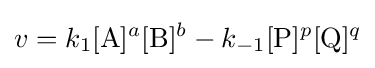
v=k_{1}[{\ce {A}}]^{a}[{\ce {B}}]^{b}-k_{-1}[{\ce {P}}]^{p}[{\ce {Q}}]^{q}